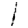
Digit: 1